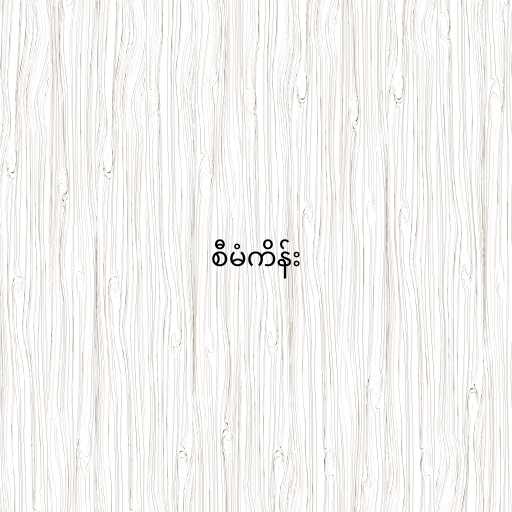
စီမံကိန်း